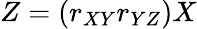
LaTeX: Z=(r_{XY}r_{YZ})X